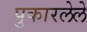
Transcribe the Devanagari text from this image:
पुकारलेले